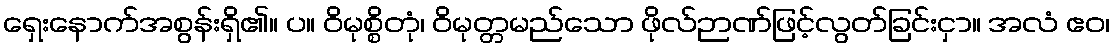
ရှေးနောက်အစွန်းရှိ၏။ ပ။ ဝိမုစ္စိတုံ၊ ဝိမုတ္တမည်သော ဖိုလ်ဉာဏ်ဖြင့်လွတ်ခြင်းငှာ။ အလံ ဧဝ၊